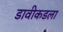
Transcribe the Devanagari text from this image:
डावीकडला